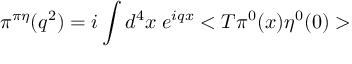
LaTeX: \pi ^ { \pi \eta } ( q ^ { 2 } ) = i \int d ^ { 4 } x \; e ^ { i q x } < T \pi ^ { 0 } ( x ) \eta ^ { 0 } ( 0 ) >